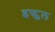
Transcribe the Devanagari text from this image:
इष्ट्फल